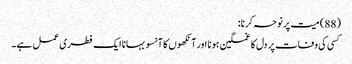
(88) میت پر نوحہ کرنا:
کسی کی وفات پر دل کا غمگین ہونا اور آنکھوں کا آنسو بہانا ایک فطری عمل ہے۔